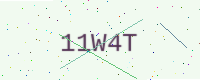
Text: 11W4T